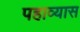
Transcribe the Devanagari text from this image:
पहाव्यास